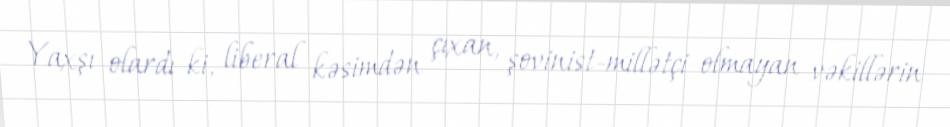
Yaxşı olardı ki, liberal kəsimdən çıxan, şovinist-millətçi olmayan vəkillərin